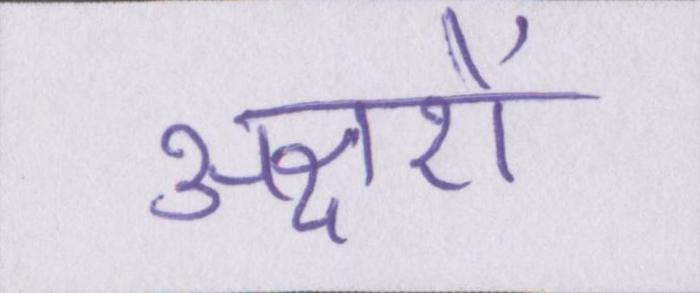
अक्षरों